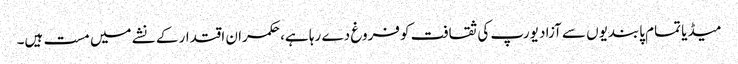
میڈیا تمام پابندیوں سے آزاد یورپ کی ثقافت کو فروغ دے رہا ہے، حکمران اقتدار کے نشے میں مست ہیں۔